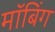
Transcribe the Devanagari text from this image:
मॉबिंग